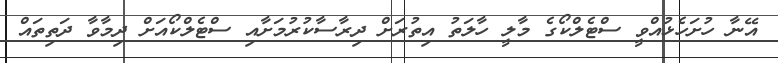
އޭނާ ހުށަހެޅުއްވީ ސްޓެލްކޯގެ މާލީ ހާލަތު އިތުރަށް ދިރާސާކުރުމަށާއި ސްޓެލްކޯއަށް ދިމާވާ ދަތިތައް